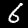
Label: 6